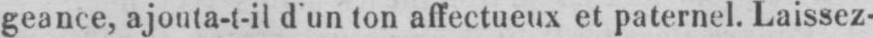
geance, ajouta-t-il d’un ton affectueux et paternel. Laissez-